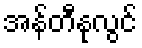
အန်တီနုလွင်